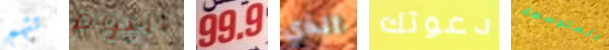
تتهم اليوم 99.9 الذي دعوتك المتوسطة